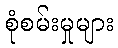
စုံစမ်းမှုများ